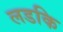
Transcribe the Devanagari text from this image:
लडकि